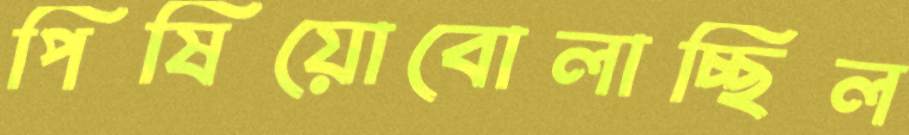
পিষিয়োবোলাচ্ছিল